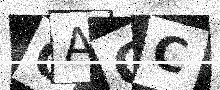
Text: OACC